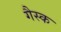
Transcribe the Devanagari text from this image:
गैस्क